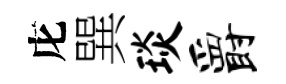
庀巽琰爵